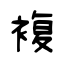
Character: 複